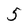
Character: 5